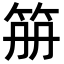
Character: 笧